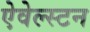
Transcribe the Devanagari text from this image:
ऐवेल्स्टन